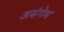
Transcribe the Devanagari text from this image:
असंगेम